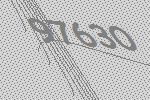
97630